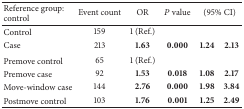
<table><thead><tr><td><b>Reference group: control</b></td><td><b>Event count</b></td><td><b>OR</b></td><td><b><i>P</i> value</b></td><td colspan="2"><b>(95% CI)</b></td></tr></thead><tbody><tr><td>Control</td><td>159</td><td>1 (Ref.)</td><td> </td><td> </td><td> </td></tr><tr><td>Case </td><td>213</td><td><b>1.63</b></td><td><b>0.000</b></td><td><b>1.24</b></td><td><b>2.13</b></td></tr><tr><td>Premove control</td><td>65</td><td>1 (Ref.)</td><td> </td><td> </td><td> </td></tr><tr><td>Premove case</td><td>92</td><td><b>1.53</b></td><td><b>0.018</b></td><td><b>1.08</b></td><td><b>2.17</b></td></tr><tr><td>Move-window case</td><td>144</td><td><b>2.76</b></td><td><b>0.000</b></td><td><b>1.98</b></td><td><b>3.84</b></td></tr><tr><td>Postmove control</td><td>103</td><td><b>1.76</b></td><td><b>0.001</b></td><td><b>1.25</b></td><td><b>2.49</b></td></tr></tbody></table>